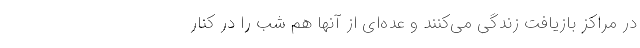
در مراکز بازیافت زندگی می‌کنند و عده‌ای از آنها هم شب را در کنار